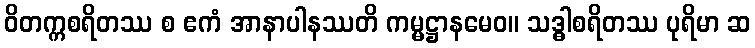
ဝိတက္ကစရိတဿ စ ဧကံ အာနာပါနဿတိ ကမ္မဋ္ဌာနမေဝ။ သဒ္ဓါစရိတဿ ပုရိမာ ဆ